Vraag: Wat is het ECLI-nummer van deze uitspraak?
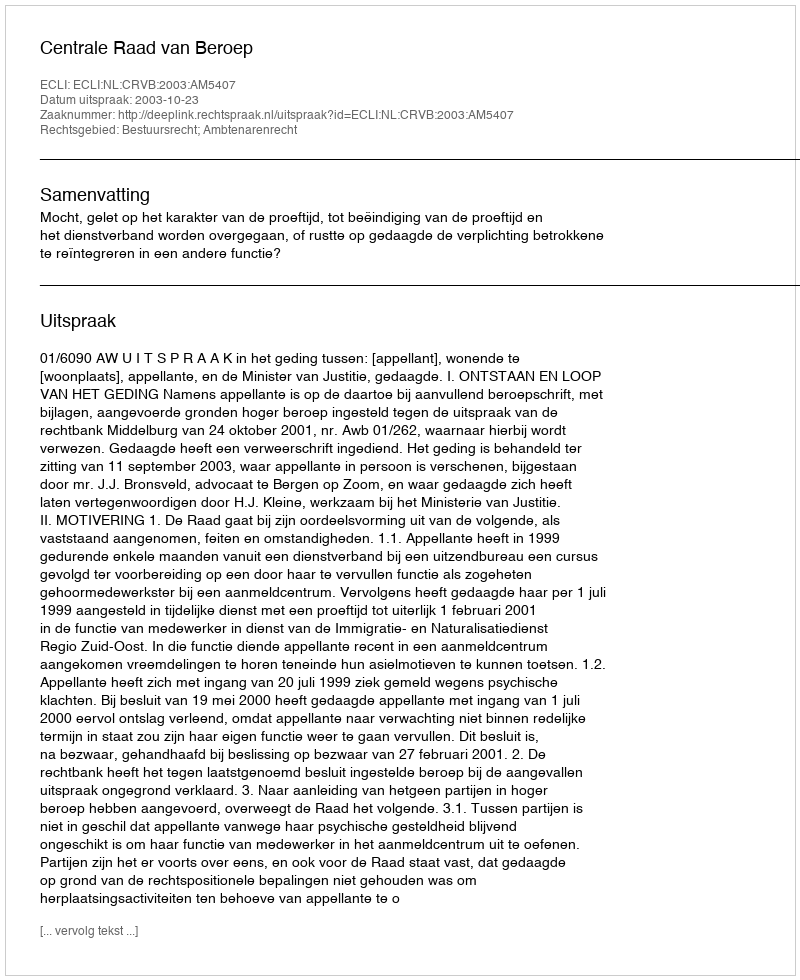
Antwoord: ECLI:NL:CRVB:2003:AM5407